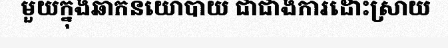
មួយក្នុងឆាកនយោបាយ ជាជាងការដោះស្រាយ